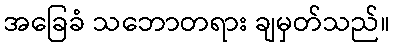
အခြေခံ သဘောတရား ချမှတ်သည်။